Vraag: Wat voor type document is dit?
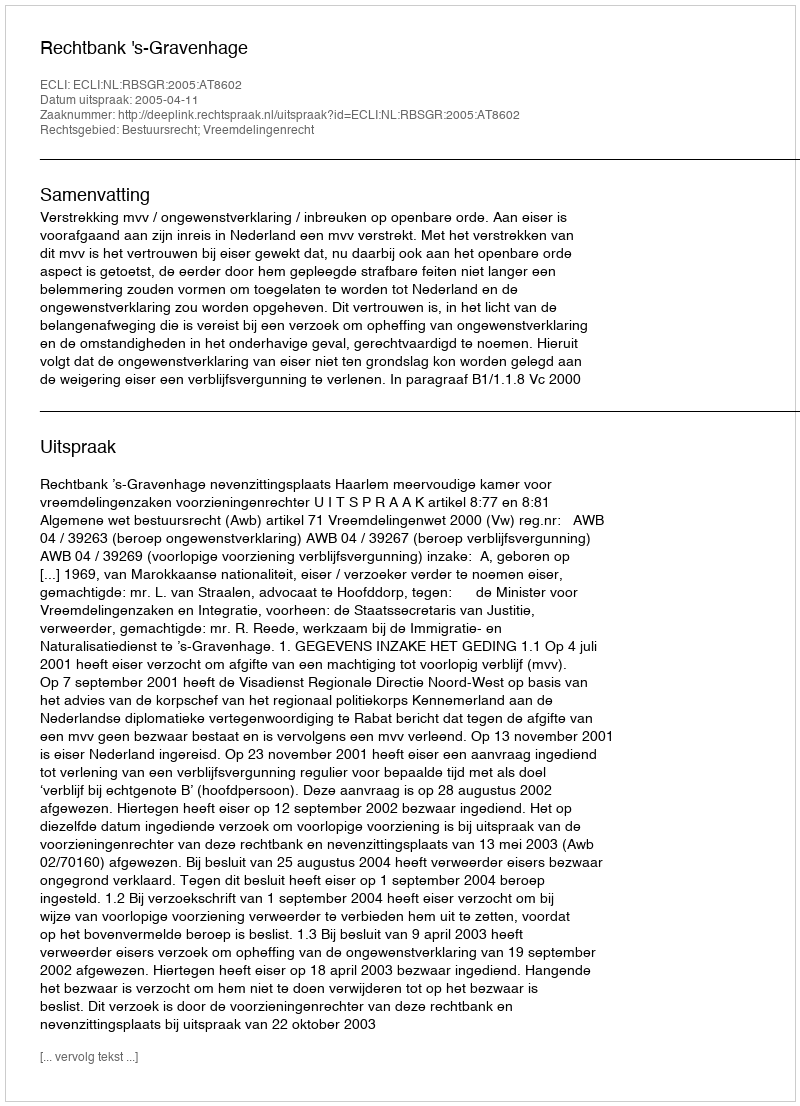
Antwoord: Uitspraak